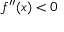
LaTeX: f ^ { \prime \prime } ( x ) < 0